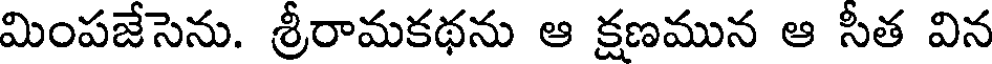
మింపజేసెను. శ్రీరామకథను ఆ క్షణమున ఆ సీత విన